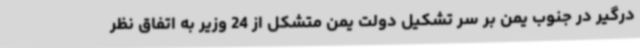
درگیر در جنوب یمن بر سر تشکیل دولت یمن متشکل از 24 وزیر به اتفاق نظر